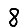
Digit: 8